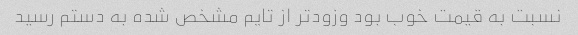
نسبت به قیمت خوب بود وزودتر از تایم مشخص شده به دستم رسید